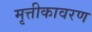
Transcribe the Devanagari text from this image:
मृत्तीकावरण